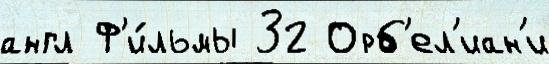
англ Ф'и́льмы 32 Орб'ел'иан'и